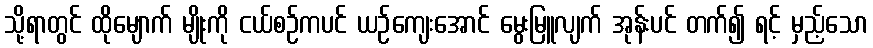
သို့ရာတွင် ထိုမျောက် မျိုးကို ငယ်စဉ်ကပင် ယဉ်ကျေးအောင် မွေးမြူလျက် အုန်းပင် တက်၍ ရင့် မှည့်သော